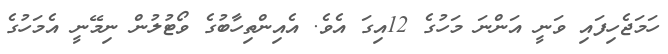
ހަމަޖެހިފައި ވަނީ އަންނަ މަހުގެ 12އިގަ އެވެ. އެއިންތިހާބުގެ ވޯޓުލުން ނިމޭނީ އެމަހުގެ